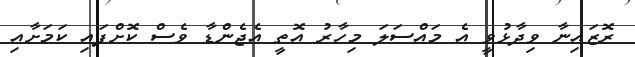
ރޮޒައިނާ ވިދާޅުވީ އެ މައްސަލަ މިހާރު އޮތީ އެޖެންޑާ ވެސް ކޮށްފައި ކަމަށާއި